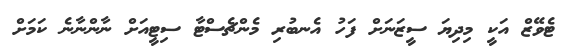
ޓެވޭޒް އަކީ މިދިޔަ ސީޒަނަށް ފަހު އެނބުރި މެންޗެސްޓާ ސިޓީއަށް ނާންނާނެ ކަމަށް